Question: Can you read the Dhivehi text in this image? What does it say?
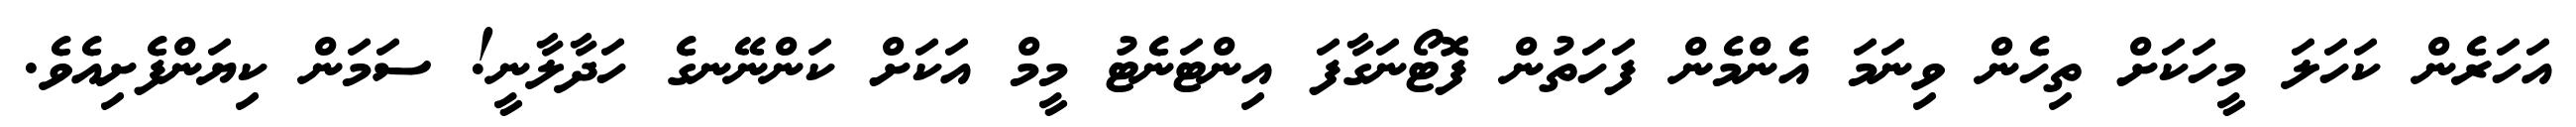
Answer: އަހަރެން ކަހަލަ މީހަކަށް ތިހެން ވިނަމަ އެންމެން ފަހަތުން ފޮޓޯނަގާފަ އިންޓަނެޓު މީމް އަކަށް ކަންނޭނގެ ހަދާލާނީ! ސަމަން ކިޔަންފެށިއެވެ.